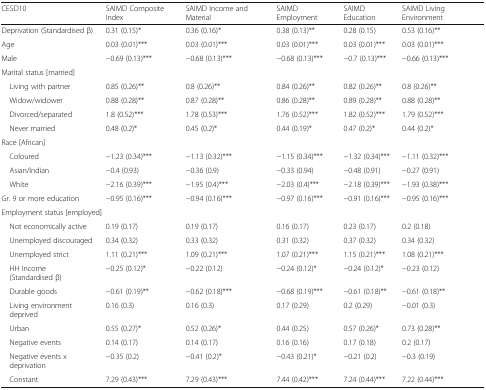
<table><thead><tr><td><b>CESD10</b></td><td><b>SAIMD Composite Index</b></td><td><b>SAIMD Income and Material</b></td><td><b>SAIMD Employment</b></td><td><b>SAIMD Education</b></td><td><b>SAIMD Living Environment</b></td></tr></thead><tbody><tr><td>Deprivation (Standardised β)</td><td>0.31 (0.15)*</td><td>0.36 (0.16)*</td><td>0.38 (0.13)**</td><td>0.28 (0.15)</td><td>0.53 (0.16)**</td></tr><tr><td>Age</td><td>0.03 (0.01)***</td><td>0.03 (0.01)***</td><td>0.03 (0.01)***</td><td>0.03 (0.01)***</td><td>0.03 (0.01)***</td></tr><tr><td>Male</td><td>−0.69 (0.13)***</td><td>−0.68 (0.13)***</td><td>−0.68 (0.13)***</td><td>−0.7 (0.13)***</td><td>−0.66 (0.13)***</td></tr><tr><td colspan="6">Marital status [married]</td></tr><tr><td> Living with partner</td><td>0.85 (0.26)**</td><td>0.8 (0.26)**</td><td>0.84 (0.26)**</td><td>0.82 (0.26)**</td><td>0.8 (0.26)**</td></tr><tr><td> Widow/widower</td><td>0.88 (0.28)**</td><td>0.87 (0.28)**</td><td>0.86 (0.28)**</td><td>0.89 (0.28)**</td><td>0.88 (0.28)**</td></tr><tr><td> Divorced/separated</td><td>1.8 (0.52)***</td><td>1.78 (0.53)***</td><td>1.76 (0.52)***</td><td>1.82 (0.52)***</td><td>1.79 (0.52)***</td></tr><tr><td> Never married</td><td>0.48 (0.2)*</td><td>0.45 (0.2)*</td><td>0.44 (0.19)*</td><td>0.47 (0.2)*</td><td>0.44 (0.2)*</td></tr><tr><td colspan="6">Race [African]</td></tr><tr><td> Coloured</td><td>−1.23 (0.34)***</td><td>−1.13 (0.32)***</td><td>−1.15 (0.34)***</td><td>−1.32 (0.34)***</td><td>−1.11 (0.32)***</td></tr><tr><td> Asian/Indian</td><td>−0.4 (0.93)</td><td>−0.36 (0.9)</td><td>−0.33 (0.94)</td><td>−0.48 (0.91)</td><td>−0.27 (0.91)</td></tr><tr><td> White</td><td>−2.16 (0.39)***</td><td>−1.95 (0.4)***</td><td>−2.03 (0.4)***</td><td>−2.18 (0.39)***</td><td>−1.93 (0.38)***</td></tr><tr><td>Gr. 9 or more education</td><td>−0.95 (0.16)***</td><td>−0.94 (0.16)***</td><td>−0.97 (0.16)***</td><td>−0.91 (0.16)***</td><td>−0.95 (0.16)***</td></tr><tr><td colspan="6">Employment status [employed]</td></tr><tr><td> Not economically active</td><td>0.19 (0.17)</td><td>0.19 (0.17)</td><td>0.16 (0.17)</td><td>0.23 (0.17)</td><td>0.2 (0.18)</td></tr><tr><td> Unemployed discouraged</td><td>0.34 (0.32)</td><td>0.33 (0.32)</td><td>0.31 (0.32)</td><td>0.37 (0.32)</td><td>0.34 (0.32)</td></tr><tr><td> Unemployed strict</td><td>1.11 (0.21)***</td><td>1.09 (0.21)***</td><td>1.07 (0.21)***</td><td>1.15 (0.21)***</td><td>1.08 (0.21)***</td></tr><tr><td> HH Income (Standardised β)</td><td>−0.25 (0.12)*</td><td>−0.22 (0.12)</td><td>−0.24 (0.12)*</td><td>−0.24 (0.12)*</td><td>−0.23 (0.12)</td></tr><tr><td> Durable goods</td><td>−0.61 (0.19)**</td><td>−0.62 (0.18)***</td><td>−0.68 (0.19)***</td><td>−0.61 (0.18)**</td><td>−0.61 (0.18)**</td></tr><tr><td> Living environment deprived</td><td>0.16 (0.3)</td><td>0.16 (0.3)</td><td>0.17 (0.29)</td><td>0.2 (0.29)</td><td>−0.01 (0.3)</td></tr><tr><td> Urban</td><td>0.55 (0.27)*</td><td>0.52 (0.26)*</td><td>0.44 (0.25)</td><td>0.57 (0.26)*</td><td>0.73 (0.28)**</td></tr><tr><td> Negative events</td><td>0.14 (0.17)</td><td>0.14 (0.17)</td><td>0.16 (0.16)</td><td>0.17 (0.18)</td><td>0.2 (0.17)</td></tr><tr><td> Negative events x deprivation</td><td>−0.35 (0.2)</td><td>−0.41 (0.2)*</td><td>−0.43 (0.21)*</td><td>−0.21 (0.2)</td><td>−0.3 (0.19)</td></tr><tr><td> Constant</td><td>7.29 (0.43)***</td><td>7.29 (0.43)***</td><td>7.44 (0.42)***</td><td>7.24 (0.44)***</td><td>7.22 (0.44)***</td></tr></tbody></table>